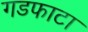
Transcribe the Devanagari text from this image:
गडफाटा